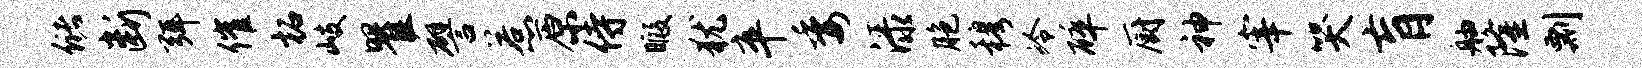
储断弭催柘岐瞿譬惹原侍暇犹卒委渌胞穆冷碎厨神宰哭肓舳隆剽